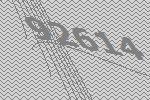
92614